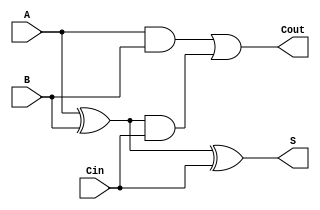
module fadder_1bit_gate ( S, Cout, A, B, Cin);
	input A, B, Cin;
	output S, Cout;
	wire ab, cab, xab;
	
	xor x1(S, A, B, Cin);
	xor x2 (xab, A, B);
	and a(cab, xab, Cin);
	and a2(ab, A, B);
	or o1(Cout, ab, cab);
	
endmodule

module fadder_1bit_df (S, Cout, A, B, Cin);
	input A, B, Cin;
	output S, Cout;
	//wire s1, s2, ab;
	
	assign S = A^B^Cin;
	//assign s2 = s1 & Cin;
	//assign ab = A & B;
	assign Cout = (A & B) | (Cin &(A^B));
	
endmodule

module fadder_1bit_beh (S, Cout, A, B, Cin);
	input A, B, Cin;
	output S, Cout;
	reg S, Cout;
	always@( A or B or Cin)
	begin
		{Cout, S} = A + B + Cin;
	end
	/*
		begin
		S = A^B^Cin;
		Cout = A&B | (A^B) & Cin;
		end
	*/
	/*
		begin
			case (A | B | Cin)
			3'b000: begin S = 0; Cout = 0; end 
			3'b001: begin S = 1; Cout = 0; end 
			3'b010: begin S = 1; Cout = 0; end 
			3'b011: begin S = 0; Cout = 1; end 
			3'b100: begin S = 1; Cout = 0; end 
			3'b101: begin S = 0; Cout = 1; end 
			3'b110: begin S = 0; Cout = 1; end 
			3'b111: begin S = 1; Cout = 1; end 
			endcase 
		end
	*/
		
endmodule

module fadder_4bit_beh (S, Cout,V, A, B, Cin);
	input [0:3] A;
	input [0:3] B;
	input Cin;
	output [0:3] S;
	output Cout, V;
	reg V;
	wire c1, c2, c3;
	
	fadder_1bit_beh f1(S[3], c1, A[3], B[3], Cin);
	fadder_1bit_beh f2(S[2], c2, A[2], B[2], c1);
	fadder_1bit_beh f3 (S[1], c3, A[1], B[1], c2);
	fadder_1bit_beh f4 (S[0], Cout, A[0], B[0], c3);
	
	always@ (c3 or Cout)
	begin
	if(c3^Cout) 
		V = 1;
	else
		V = 0;
		
	end
endmodule